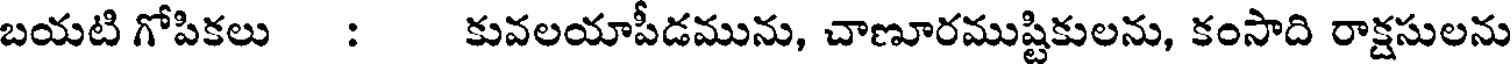
బయటి గోపికలు : కువలయాపీడమును, చాణూరముష్టికులను, కంసాది రాక్షసులను